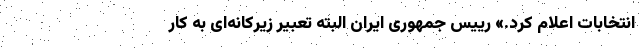
انتخابات اعلام کرد.» رییس جمهوری ایران البته تعبیر زیرکانه‌ای به کار